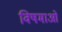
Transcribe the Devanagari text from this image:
विषमाओं